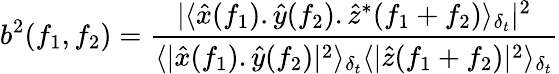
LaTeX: b^{2}(f_{1},f_{2})=\frac{|\langle\hat{x}(f_{1}).\hat{y}(f_{2}).\hat{z}^{*}(f_{1}+f_{2})\rangle_{\delta_{t}}|^{2}}{\langle|\hat{x}(f_{1}).\hat{y}(f_{2})|^{2}\rangle_{\delta_{t}}\langle|\hat{z}(f_{1}+f_{2})|^{2}\rangle_{\delta_{t}}}